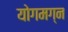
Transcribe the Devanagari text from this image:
योगमग्न